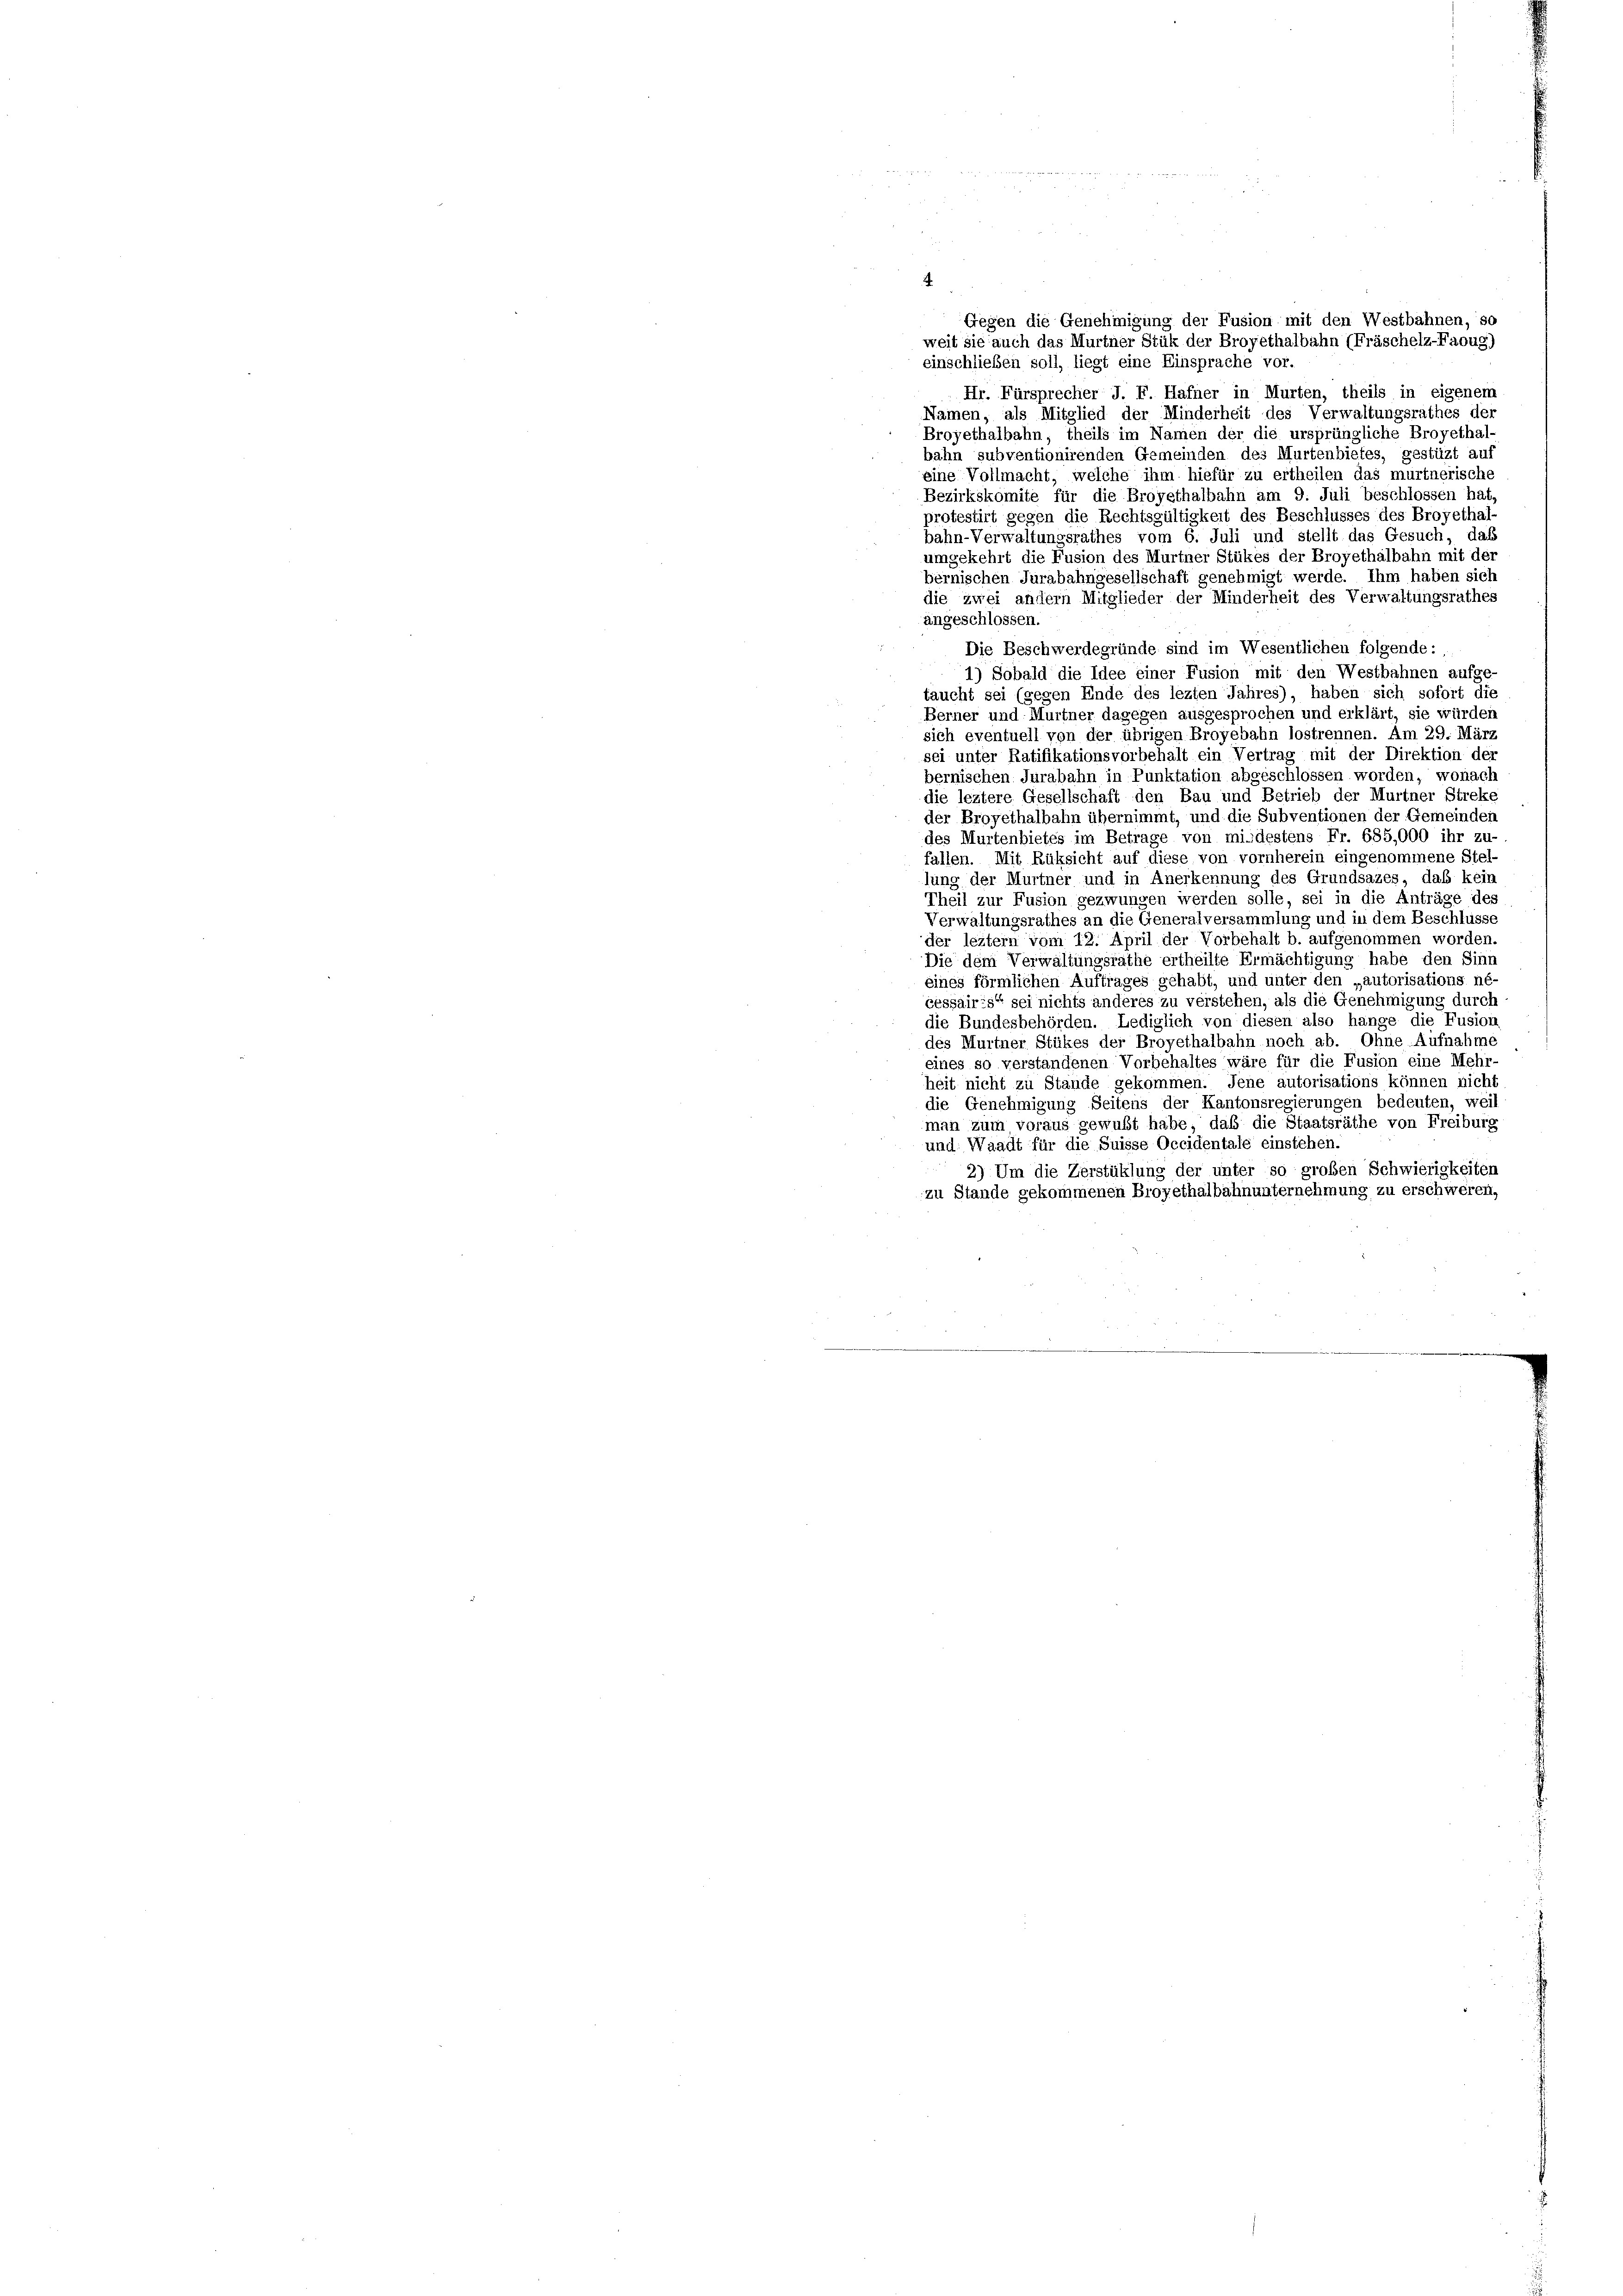
Gegen die Genehmigung der Fusion mit den Westbahnen, so
weit sie auch das Murtner Stük der Broyethalbahn (Fräschelz-Faoug)
einschließen soll, liegt eine Einsprache vor.
Hr. Fürsprecher J. F. Hafner in Murten, theils in eigenem
Namen, als Mitglied der Minderheit des Verwaltungsrathes der
Broyethalbahn, theils im Namen der die ursprüngliche Broyethal
bahn subventionirenden Gemeinden des Murtenbietes, gestüzt auf
eine Vollmacht, welche ihm hiefür zu ertheilen das murtnerische
Bezirkskomite für die Broyethalbahn am 9. Juli beschlossen hat,
protestirt gegen die Rechtsgültigkeit des Beschlusses des Broyethal-
bahn-Verwaltungsrathes vom 6. Juli und stellt das Gesuch, daß
umgekehrt die Fusion des Murtner Stükes der Broyethalbahn mit der
bernischen Jurabahngesellschaft genehmigt werde. Ihm haben sich
die zwei andern Mitglieder der Minderheit des Verwaltungsrathes
angeschlossen.
Die Beschwerdegründe sind im Wesentlichen folgende:
.
1) Sobald die Idee einer Fusion mit den Westbahnen aufge-
taucht sei (gegen Ende des lezten Jahres), haben sich sofort die
Berner und Murtner dagegen ausgesprochen und erklärt, sie würden
sich eventuell von der übrigen Broyebahn lostrennen. Am 29. März
sei unter Ratifikationsvorbehalt ein Vertrag mit der Direktion der
bernischen Jurabahn in Punktation abgeschlossen worden, wonach
die leztere Gesellschaft den Bau und Betrieb der Murtner Streke
der Broyethalbahn übernimmt, und die Subventionen der Gemeinden
des Murtenbietes im Betrage von mindestens Fr. 685,000 ihr zu-
fallen. Mit Rüksicht auf diese von vornherein eingenommene Stel-
ing der Murtner und in Anerkennung des Grundsazes, daß kein
Theil zur Fusion gezwungen werden solle, sei in die Anträge des
Verwaltungsrathes an die Generalversammlung und in dem Beschlüsse
der leztem vom 12. April der Vorbehalt b. aufgenommen worden.
Die dem Verwaltungsräthe ertheilte Ermächtigung habe den Sinn
eines förmlichen Auftrages gehabt, und unter den „autorisations né-
cessaires“ sei nichts anderes zu verstehen, als die Genehmigung durch
die Bundesbehörden. Lediglich von diesen also hänge die Fusion
des Murtner Stükes der Broyethalbahn noch ab. Ohne Aufnahme
eines so verstandenen Vorbehaltes wäre für die Fusion eine Mehr-
heit nicht zu Stande gekommen. Jene autorisations können nicht
die Genehmigung Seitens der Kantonsregierungen bedeuten, weil
man zum voraus gewußt habe, daß die Staatsräthe von Freiburg
und Waadt für die Suisse Occidentale einstehen.
2) Um die Zerstüklung der unter so großen Schwierigkeiten
zu Stande gekommenen Eroyethalbahnunternehmung zu erschweren,